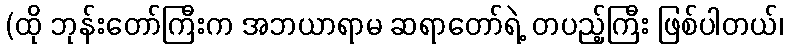
(ထို ဘုန်းတော်ကြီးက အဘယာရာမ ဆရာတော်ရဲ့ တပည့်ကြီး ဖြစ်ပါတယ်၊